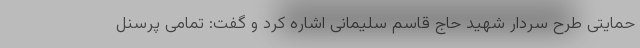
حمایتی طرح سردار شهید حاج قاسم سلیمانی اشاره کرد و گفت: تمامی پرسنل